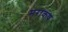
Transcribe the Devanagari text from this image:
मराकष